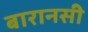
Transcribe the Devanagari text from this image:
बारानसी